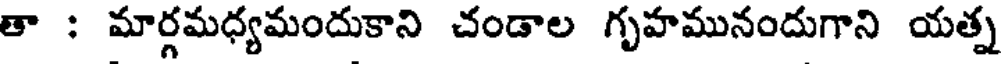
తా : మార్గమధ్యమందుకాని చండాల గృహమునందుగాని యత్న